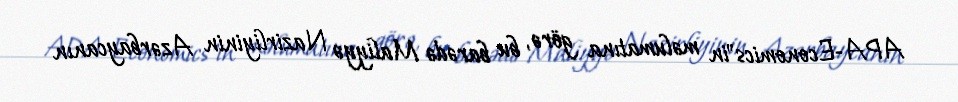
APA-Economics"in məlumatına görə, bu barədə Maliyyə Nazirliyinin Azərbaycanın